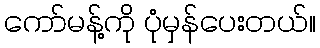
ကော်မန့်ကို ပုံမှန်ပေးတယ်။